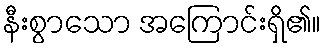
နီးစွာသော အကြောင်းရှိ၏။